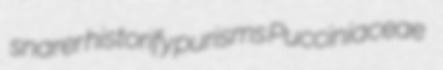
snarer historify purisms Pucciniaceae